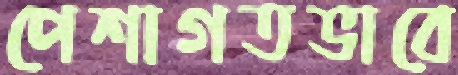
পেশাগতভাবে